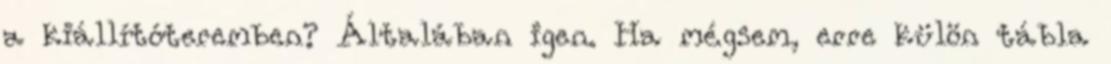
a kiállítóteremben? Általában igen. Ha mégsem, erre külön tábla